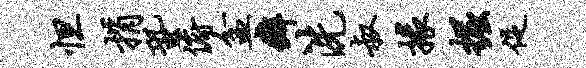
怛捐蛩俯盆癖洗叔掾掘促